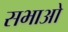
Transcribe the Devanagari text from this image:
सभाओ